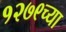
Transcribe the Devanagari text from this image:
१२७९च्या